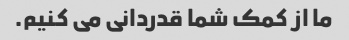
ما از کمک شما قدردانی می کنیم.